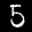
Label: 5